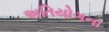
અતિયોગના